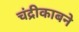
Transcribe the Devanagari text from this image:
चंद्रीकाबने